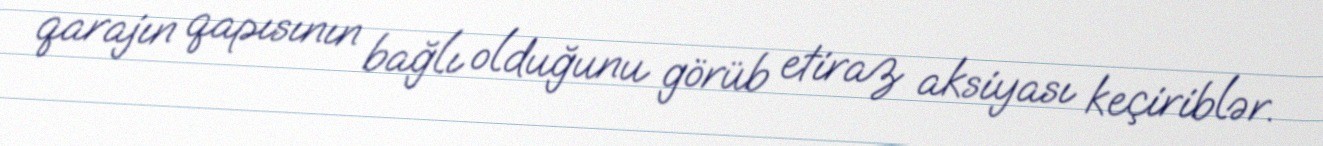
qarajın qapısının bağlı olduğunu görüb etiraz aksiyası keçiriblər.